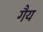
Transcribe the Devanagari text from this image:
गैय